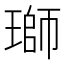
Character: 瑡